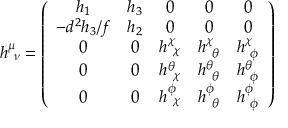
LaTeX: h _ { ~ \nu } ^ { \mu } = \left( \begin{array} { c c c c c } { { h _ { 1 } } } & { { h _ { 3 } } } & { { 0 } } & { { 0 } } & { { 0 } } \\ { { - d ^ { 2 } h _ { 3 } / f } } & { { h _ { 2 } } } & { { 0 } } & { { 0 } } & { { 0 } } \\ { { 0 } } & { { 0 } } & { { h _ { ~ \chi } ^ { \chi } } } & { { h _ { ~ \theta } ^ { \chi } } } & { { h _ { ~ \phi } ^ { \chi } } } \\ { { 0 } } & { { 0 } } & { { h _ { ~ \chi } ^ { \theta } } } & { { h _ { ~ \theta } ^ { \theta } } } & { { h _ { ~ \phi } ^ { \theta } } } \\ { { 0 } } & { { 0 } } & { { h _ { ~ \chi } ^ { \phi } } } & { { h _ { ~ \theta } ^ { \phi } } } & { { h _ { ~ \phi } ^ { \phi } } } \end{array} \right)